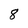
Character: 8